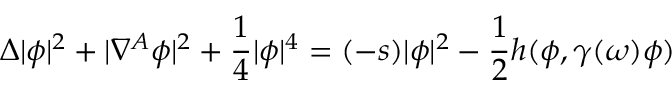
\Delta | \phi | ^ { 2 } + | \nabla ^ { A } \phi | ^ { 2 } + { \frac { 1 } { 4 } } | \phi | ^ { 4 } = ( - s ) | \phi | ^ { 2 } - { \frac { 1 } { 2 } } h ( \phi , \gamma ( \omega ) \phi )